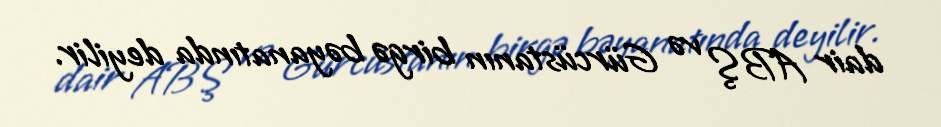
dair ABŞ və Gürcüstanın birgə bəyanatında deyilir.